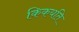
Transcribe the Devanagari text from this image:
किकयति